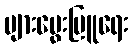
ပျားမွေးမြူရေး